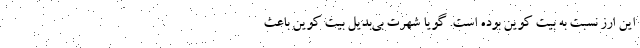
این ارز نسبت به بیت کوین بوده است. گویا شهرت بی‌بدیل بیت کوین باعث